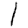
Digit: 1